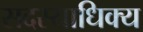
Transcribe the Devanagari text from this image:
सदस्याधिक्य